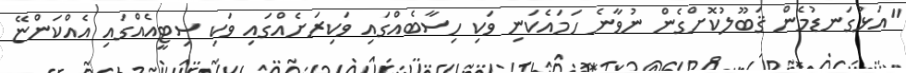
"އަޅުގަނޑުމެން ޤަބޫލުކޮށްގެން ނުވާނެ ހަމައެކަނި ވަކި ހިސާބެއްގައި ވަކިރަށެއްގައި ވަކި ސިޓީއެއްގައި އެއްކަންޏޭ